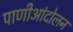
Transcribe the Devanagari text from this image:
पाणीआंदोलन